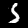
Label: 5